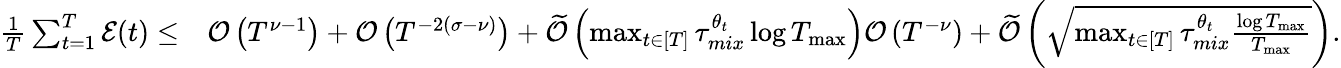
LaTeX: \begin{array}{rl}{\frac{1}{T}\sum_{t=1}^{T}\mathcal{E}(t)\leq}&{\mathcal{O}\left(T^{\nu-1}\right)+\mathcal{O}\left(T^{-2(\sigma-\nu)}\right)+\widetilde{\mathcal{O}}\left(\operatorname*{max}_{t\in[T]}\tau_{mix}^{\theta_{t}}\log T_{\operatorname*{max}}\right)\mathcal{O}\left(T^{-\nu}\right)+\widetilde{\mathcal{O}}\left(\sqrt{\operatorname*{max}_{t\in[T]}\tau_{mix}^{\theta_{t}}\frac{\log T_{\operatorname*{max}}}{T_{\operatorname*{max}}}}\right).}\end{array}